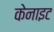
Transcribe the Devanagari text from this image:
केनाइट